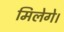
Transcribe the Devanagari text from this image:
मिलेगे।